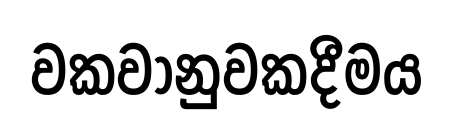
වකවානුවකදීමය